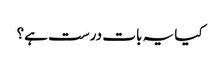
کیا یہ بات درست ہے؟